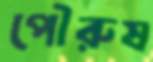
পৌরুষ